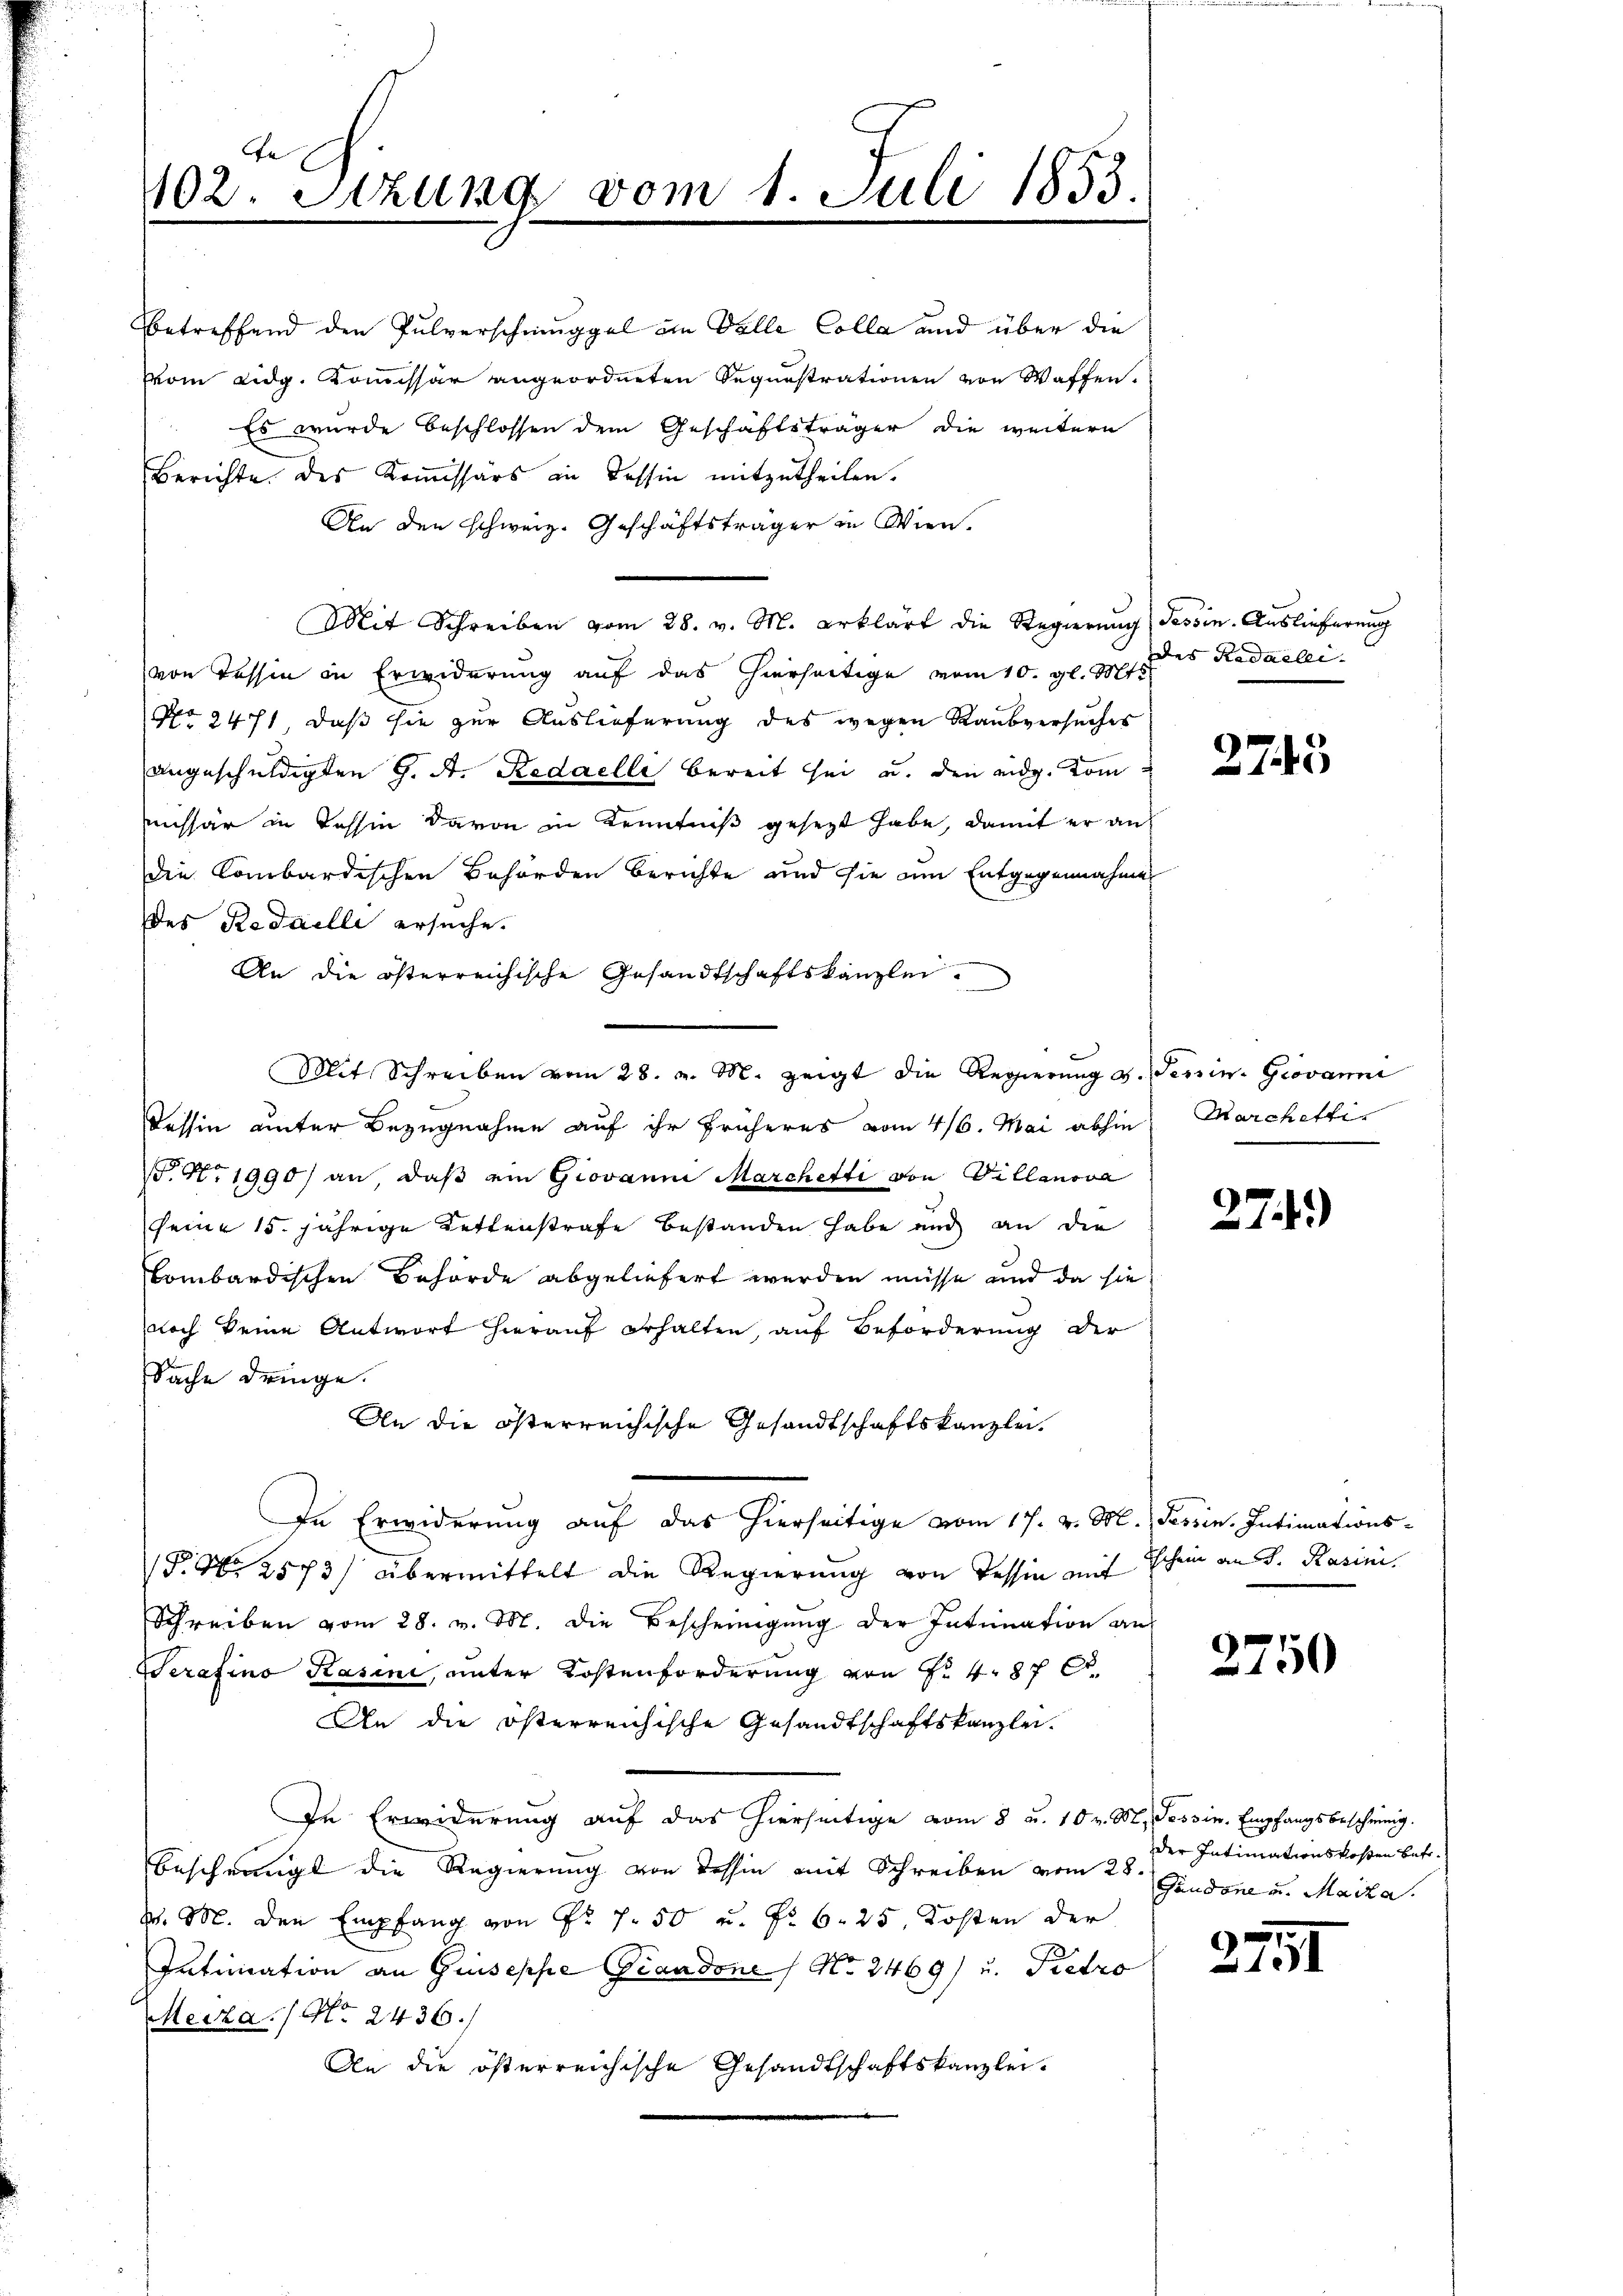
402. Sitzung vom 1. Juli 1853.

Betreffend den Pulverschninggel ein Valle Colla und über die
vom Eidg. Kommissär angeordneten Segenstrationen von Waffen.
 Es wurde beschlossen dem Geschäftsträger die weitern
Berichte des Kommissärs in Tessin mitzutheilen.
An den schweiz. Geschäftsträger in Wien.
Mit Schreiben vom 28. v. M. erklärt die Regierŭng (Tessin. Auslieferung
von Tessin in Erwiderung auf das hierseitige vom 10. gl. Mts.
No. 2471, daß sie zur Auslieferung des wegen Raubversuches
angeschuldigten 9. A. Redaelli bereit sei u. den eidg. vom
eissär in Tessin davon in Kenntniß gesezt habe, damit er an
die Kombardischen Behörden berichte und sie am Entgegennahme
des Redailli ersuche.
An die österreichische Gesandtschaftskanzlei.
Slit, Schreiben vom 28. v. M. zeigt die Regierung v. Tessin. Giovanni
Tessin unter Bezugnahme auf ihr früheres vom 4/6. Mai abhin Marchetti
. No. 1990) an daβ ein Giovanni Marchetti von Villanova
seine 15 jährige Kettenstrafe bestanden habe und an die
Combardischen Behörde abgeliefert werden müsse und da sie
noch keine Antwort hierauf erhalten, auf Beförderung der
Sache dringe.
An die österreichische Gesandtschaftskanzlei.
In Erwiderung auf das hierseitige vom 17. v. M. Tessin. Intimations-
1806. 2573) übermittelt die Regierung von Tessin mit Schein an Sr. Kasini¬
Schreiben vom 28. v. M. die Bescheinigung der Intimation ans
Serafino Kasini, unter Kostenforderung von No 487 f.
An die österreichische Gesandtschaftskanzlei.
In Erwiderung auf das hierseitige vom 8 u. 10 v. M. Tessin. Empfangsbescheinig.
bescheinigt die Regierung von Tessin mit Schreiben vom 20. Gundone u. Maiza.
P. M. den Empfang von Nr. 7. 50 u. fr. 6. 25. Kosten der
Intimation an Guiseppe Piandone / No. 2469) u. Pietro
Meiza. / No. 2436.
An die österreichische Gesandtschaftskanzlei-

des Radaelei.

2743

274.

2750

der Intimationskosten betr.

2751